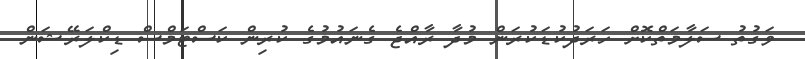
ވަގުތު ސަލާމަތްކޮށް ހަރަދުކުޑަކުރަން މުދާ ރާއްޖެ ގެނައުމުގެ ކުރިން ކަސްޓަމްސް ޑިކްލަރޭޝަން